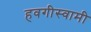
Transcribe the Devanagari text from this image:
हवगीस्वामी